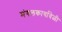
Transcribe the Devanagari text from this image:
मंगलकार्यावेळी